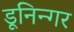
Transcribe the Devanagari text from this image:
डूनिन्गर